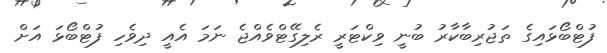
ފުޓްބޯޅައިގެ ތަޖުރިބާކާރު ބުނީ ވިކްޓަރީ ރެލިގޭޓްވެއްޖެ ނަމަ އެއީ ދިވެހި ފުޓްބޯޅަ އަށް